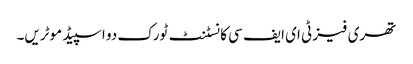
تھری فیز ٹی ای ایف سی کانسٹنٹ ٹورک دو اسپیڈ موٹریں۔